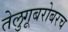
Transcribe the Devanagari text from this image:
तेलुगूबरोबरच